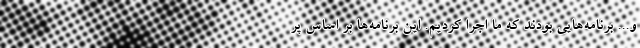
و... برنامه‌هایی بودند که ما اجرا کردیم. این برنامه‌ها بر اساس پر